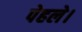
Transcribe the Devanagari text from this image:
पेहले।